Piroplasma canis and its life cycle in the tick - Number 29
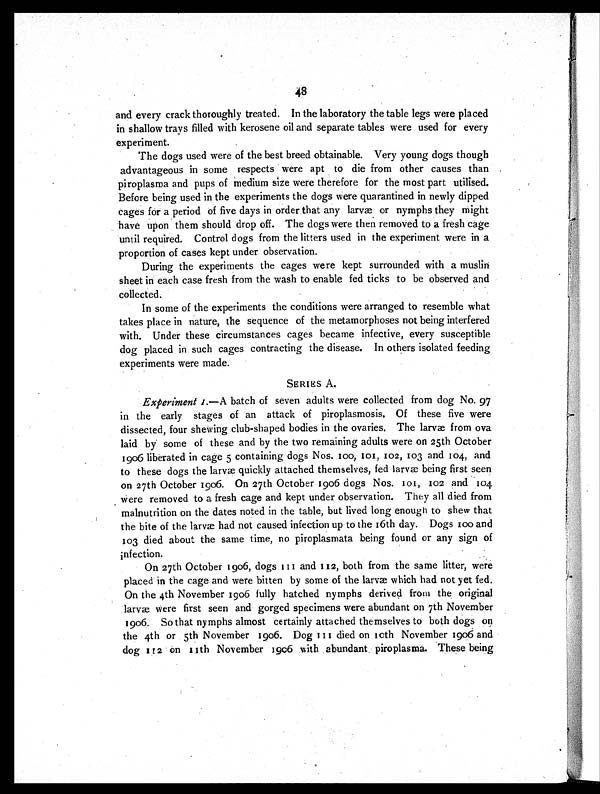
48
and every crack thoroughly treated. In the laboratory the table legs were placed
in shallow trays filled with kerosene oil and separate tables were used for every
experiment.
The dogs used were of the best breed obtainable. Very young dogs though
advantageous in some respects were apt to die from other causes than
piroplasma and pups of medium size were therefore for the most part utilised.
Before being used in the experiments the dogs were quarantined in newly dipped
cages for a period of five days in order that any larvæ or nymphs they might
have upon them should drop off. The dogs were then removed to a fresh cage
until required. Control dogs from the litters used in the experiment were in a
proportion of cases kept under observation.
During the experiments the cages were kept surrounded with a muslin
sheet in each case fresh from the wash to enable fed ticks to be observed and
collected.
In some of the experiments the conditions were arranged to resemble what
takes place in nature, the sequence of the metamorphoses not being interfered
with. Under these circumstances cages became infective, every susceptible
dog placed in such cages contracting the disease. In others isolated feeding
experiments were made.
SERIES A.
Experiment 1 . — A batch of seven adults were collected from dog No. 97
in the early stages of an attack of piroplasmosis. Of these five were
dissected, four shewing club-shaped bodies in the ovaries. The larvæ from ova
laid by some of these and by the two remaining adults were on 25th October
1906 liberated in cage 5 containing dogs Nos. 100, 101, 102, 103 and 104, and
to these dogs the larvæ quickly attached themselves, fed larvæ being first seen
on 27th October 1906. On 27th October 1906 dogs Nos. 101, 102 and 104
were removed to a fresh cage and kept under observation. They all died from
malnutrition on the dates noted in the table, but lived long enough to shew that
the bite of the larvæ had not caused infection up to the 16th day. Dogs 100 and
103 died about the same time, no piroplasmata being found or any sign of
infection.
On 27th October 1906, dogs 111 and 112, both from the same litter, were
placed in the cage and were bitten by some of the larvæ which had not yet fed.
On the 4th November 1906 fully hatched nymphs derived from the original
larvæ were first seen and gorged specimens were abundant on 7th November
1906. So that nymphs almost certainly attached themselves to both dogs on
the 4th or 5th November 1906. Dog 111 died on 10th November 1906 and
dog 112 on 11th November 1906 with abundant piroplasma. These being